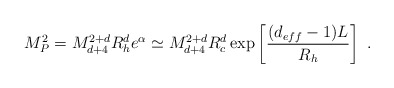
\begin{align*}M_P^2=M_{d+4}^{2+d}R_h^d e^{\alpha } \simeq M_{d+4}^{2+d} R^d_c\exp\left[\frac{(d_{eff}-1)L}{R_h}\right] \ .\end{align*}